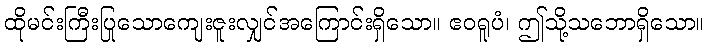
ထိုမင်းကြီးပြုသောကျေးဇူးလျှင်အကြောင်းရှိသော။ ဧဝရူပံ၊ ဤသို့သဘောရှိသော။